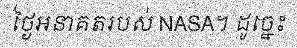
ថ្ងៃអនាគតរបស់ NASA។ ដូច្នេះ